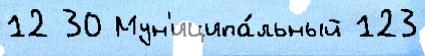
12 30 Мун'иципа́льный 123